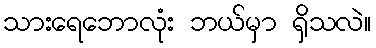
သားရေဘောလုံး ဘယ်မှာ ရှိသလဲ။